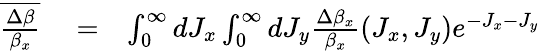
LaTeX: \begin{array}{rlr}{\overline{{\frac{\Delta\beta}{\beta_{x}}}}}&{{}=}&{\int_{0}^{\infty}dJ_{x}\int_{0}^{\infty}dJ_{y}\frac{\Delta\beta_{x}}{\beta_{x}}(J_{x},J_{y})e^{-J_{x}-J_{y}}}\end{array}